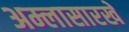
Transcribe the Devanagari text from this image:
अम्लासारखे